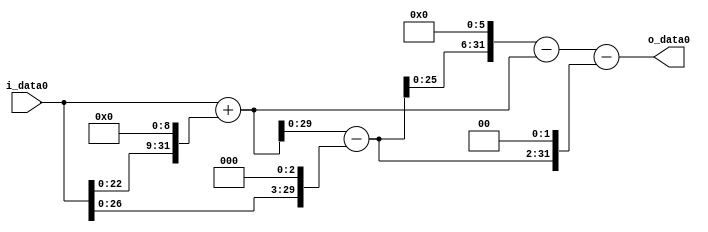
module multiplier_block_82 (
    i_data0,
    o_data0
);
  input   [31:0] i_data0;
  output  [31:0]
    o_data0;
  wire [31:0]
    w1,
    w512,
    w513,
    w8,
    w505,
    w32320,
    w31807,
    w2020,
    w29787;
  assign w1 = i_data0;
  assign w2020 = w505 << 2;
  assign w29787 = w31807 - w2020;
  assign w31807 = w32320 - w513;
  assign w32320 = w505 << 6;
  assign w505 = w513 - w8;
  assign w512 = w1 << 9;
  assign w513 = w1 + w512;
  assign w8 = w1 << 3;
  assign o_data0 = w29787;
endmodule